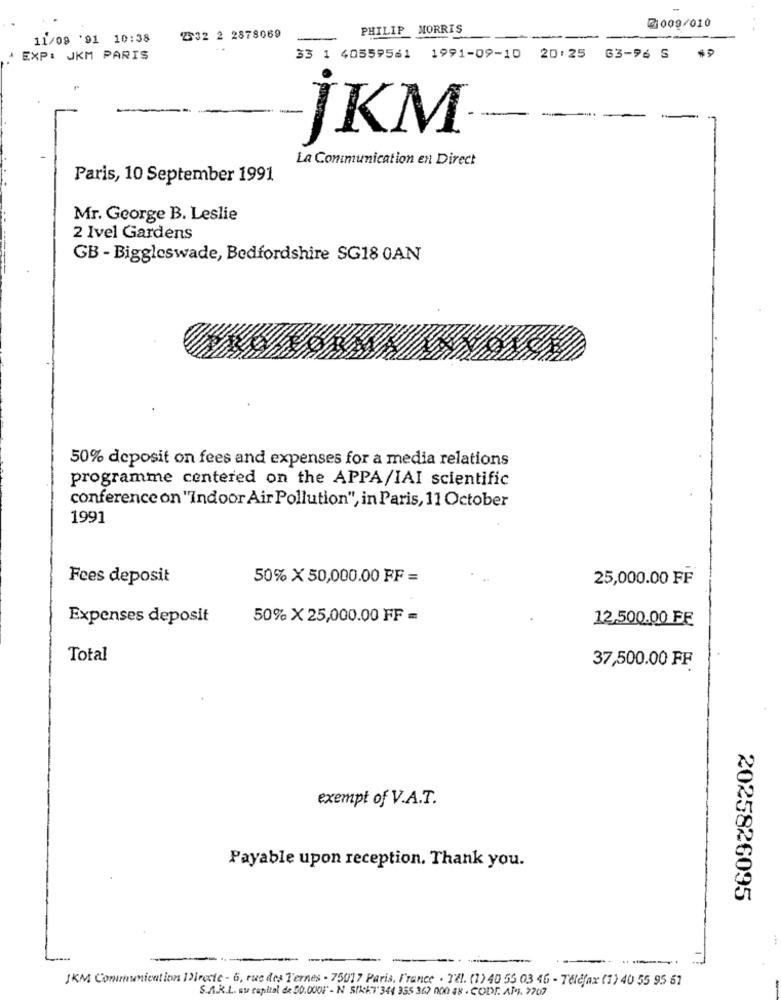
PHILIP MORRIS
0009/010
. -
11/09 '91 10:38
2532 2 2878069
EXP: JKM PARIS
33 1 40559561
1991-09-10 20:25 63-96 S
„JKM
La Communication en Direct
Paris, 10 September 1991
Mr. George B. Leslie
2 Ivel Gardens
GB - Biggleswade, Bedfordshire SG18 0AN
50% deposit on fees and expenses for a media relations
programme centered on the APPA/IAI scientific
conference on "Indoor Air Pollution", in Paris, 11 October
1991
Fees deposit
50% X 50,000.00 FF =
25,000.00 FF
Expenses deposit
50% X 25,000.00 FF =
12,500.00 FF
Total
37,500.00 FF
exempt of V.A.T.
Payable upon reception. Thank you.
2025826095
.---
JKM Communication I?irecic - 6, rue des Ternes - 75017 Paris, France . T'El. (1) 40 55 03 46 - Telefax (1) 40 55 95 67
S.A.R.L. au capital de 50.000F - N S(k47 344 355 36) 000 48 . CODE. AP4. 7707